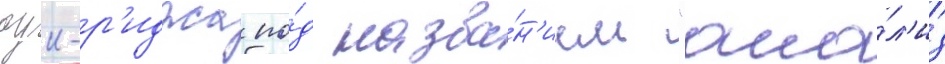
оук-р'иджа по́д назва́н'ием "ана́л'из